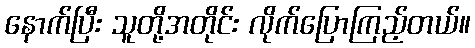
နောက်ပြီး သူတို့အတိုင်း လိုက်ပြောကြည့်တယ်။